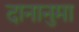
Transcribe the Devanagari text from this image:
दानानुमा